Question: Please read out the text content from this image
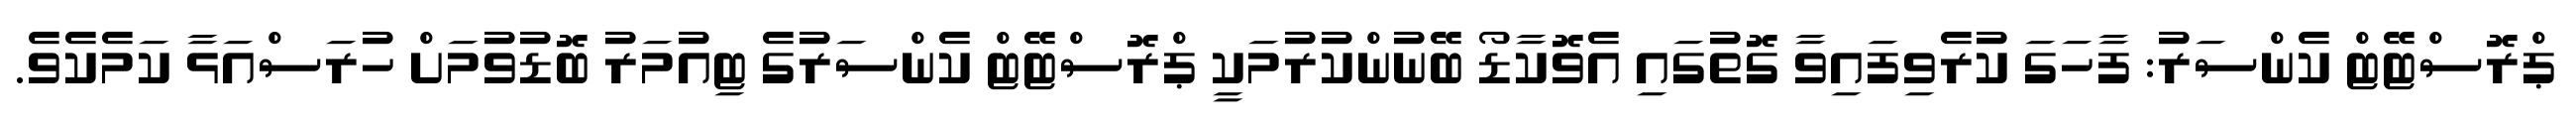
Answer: ޕްރޮސްޓޭޓް ކެންސަރު: ފާހަގަ ކުރެވިފައިވާ ގޮތުގައި އެވޮކާޑޯ ބޭނުންކުރުމަކީ ޕްރޮސްޓޭޓް ކެންސަރުގެ ޓިއުމަރު ބޮޑުވުމަށް ހުރަސްއަޅާ ކަމެކެވެ.